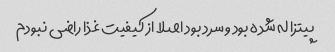
پیتزا له شده بود و سرد بود اصلا از کیفیت غذا راضی نبودم